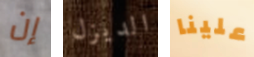
إن الديزل علينا